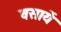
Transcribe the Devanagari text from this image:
वसायें